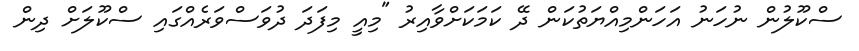
ސްކޫލުން ނުހަނު އަހަންމިއްޔަތުކަން ދޭ ކަމަކަށްވާއިރު "މިއީ މިފަދަ ދުވަސްވަރެއްގައި ސްކޫލަށް ދިން